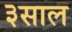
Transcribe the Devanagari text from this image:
३साल